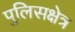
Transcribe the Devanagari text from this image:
पुलिसक्षेत्र